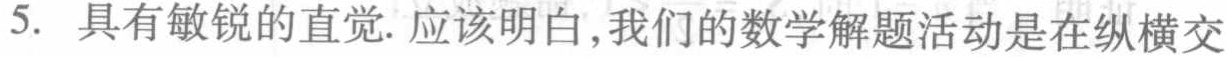
5. 具有敏锐的直觉. 应该明白,我们的数学解题活动是在纵横交